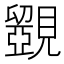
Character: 𧢗